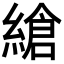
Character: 𦃹